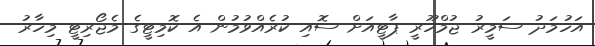
އަހުމަދު ސަމީރު ޖުމްހޫރީ ޕާޓީއަށް ސޮއި ކުރެއްވުމުން އެ ކޮމިޓީގެ މެޖޯރިޓީ މިހާރު